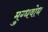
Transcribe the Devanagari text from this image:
मुग्धवोध